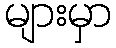
များမှာ